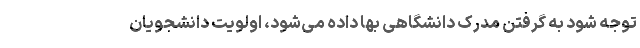
توجه شود به گرفتن مدرک دانشگاهی بها داده می‌شود، اولویت دانشجویان